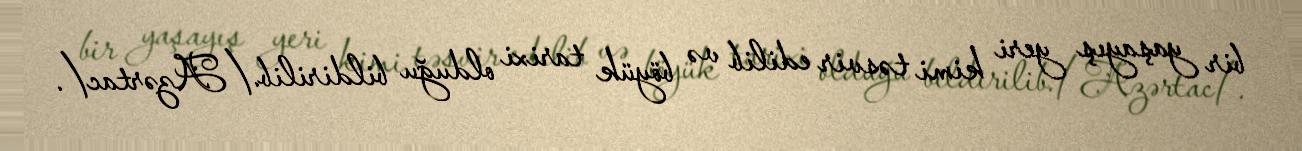
bir yaşayış yeri kimi təsvir edilib və böyük tarixi olduğu bildirilib./Azərtac/.